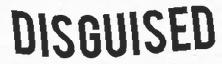
DISGUISED